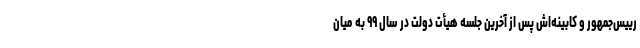
رییس‌جمهور و کابینه‌اش پس از آخرین جلسه‌ هیأت دولت در سال ۹۹ به میان